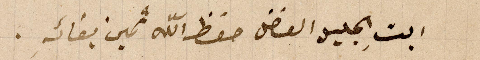
ابتِ الجليل الفاضل حفظ الله ثمين بقائه .